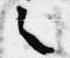
之